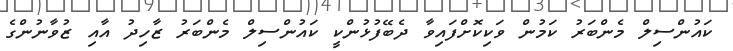
ކައުންސިލް މެންބަރު ކަމުން ވަކިކޮށްފައިވާ ދެބޭފުޅުންކީ ކައުންސިލް މެންބަރު ޒާހިދު އާއި ޒުވާނުންގެ